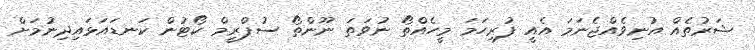
ޝަރުތެއް އުނިވެއްޖެނަމަ އެއީ ފުރިހަމަ މީހެއްތޯ ނުވަތަ ނޫންތޯ ސުޕްރީމް ކޯޓުން ކަނޑައަޅައިދިނުމަށް